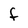
Character: F